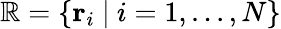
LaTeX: \mathbb{R}=\{ \mathbf{r}_{i}\ |\ i=1,...,N\}